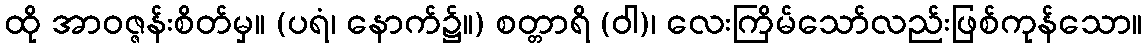
ထို အာဝဇ္ဇန်းစိတ်မှ။ (ပရံ၊ နောက်၌။) စတ္တာရိ (ဝါ)၊ လေးကြိမ်သော်လည်းဖြစ်ကုန်သော။